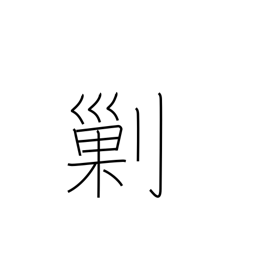
Meaning: destroy